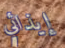
إيذائي